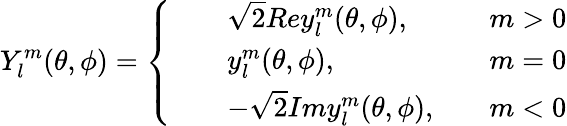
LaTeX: Y_{l}^{m}(\theta,\phi)=\left\{ \begin{array}{rlr}{\quad}&{\sqrt{2}Rey_{l}^{m}(\theta,\phi),\quad}&{m>0}\\ {\quad}&{y_{l}^{m}(\theta,\phi),\quad}&{m=0}\\ {\quad}&{-\sqrt{2}Imy_{l}^{m}(\theta,\phi),\quad}&{m<0}\end{array}\right.